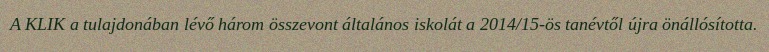
A KLIK a tulajdonában lévő három összevont általános iskolát a 2014/15-ös tanévtől újra önállósította.